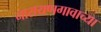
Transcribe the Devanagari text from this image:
नारायणगावाच्या